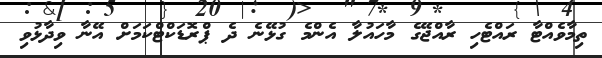
ތިމާވެއްޓާ ރައްޓެހި ރާއްޖޭގެ މާހައުލާ އެންމެ ގުޅޭނެ ދެ ޕްރޮޑަކްޓްކަމަށް އޭނާ ވިދާޅުވި